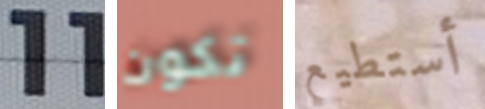
11 تكون أستطيع